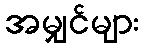
အမျှင်များ